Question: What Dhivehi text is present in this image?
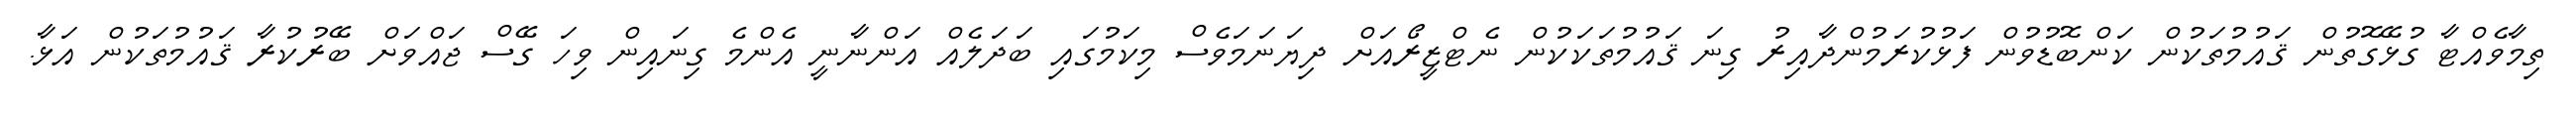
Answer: ތިމާވެއްޓާ ގުޅޭގޮތުން ޤައުމުތަކުން ކަންބޮޑުވުން ފަޅުކުރަމުންދާއިރު ގިނަ ޤައުމުތަކަކުން ނެޓްޒީރޯއަށް ދިޔަނަމަވެސް މިކަމުގައި ބަދަލެއް އަންނާނީ އެންމެ ގިނައިން ވިހަ ގޭސް ޖައްވަށް ބޭރުކުރާ ޤައުމުތަކުން އަޅާ.